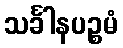
သင်္ခါနပဉ္စမံ